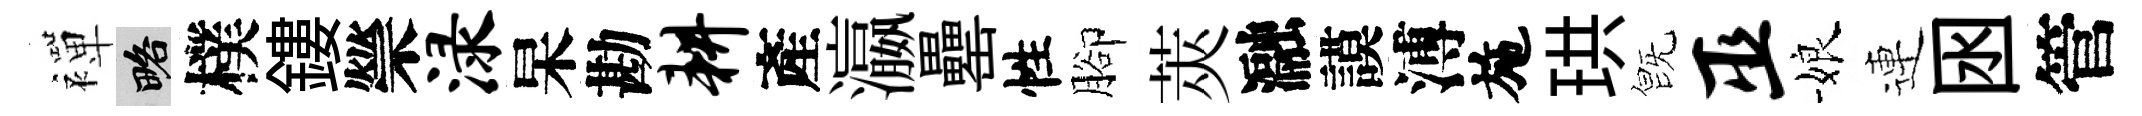
襌略樸鏤禜渌杲勘耕產瀛罍性腳莢瀜謨溥施珙旣巫娘連囦管